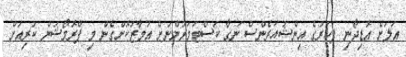
އަލަށް އޮޑިދޯނި ފަހަރުގެ އިންޝުއަރެންސް ނަގާ ކަސްޓަމަރުންނަށް އަމާޒުކޮށްގެން މި ޕްރޮމޯޝަން ކުރިއަށް